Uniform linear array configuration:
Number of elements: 4
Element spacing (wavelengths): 0.5
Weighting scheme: hamming
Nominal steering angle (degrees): -60
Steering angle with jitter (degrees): -59.426
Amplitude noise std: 0.05
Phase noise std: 0.05

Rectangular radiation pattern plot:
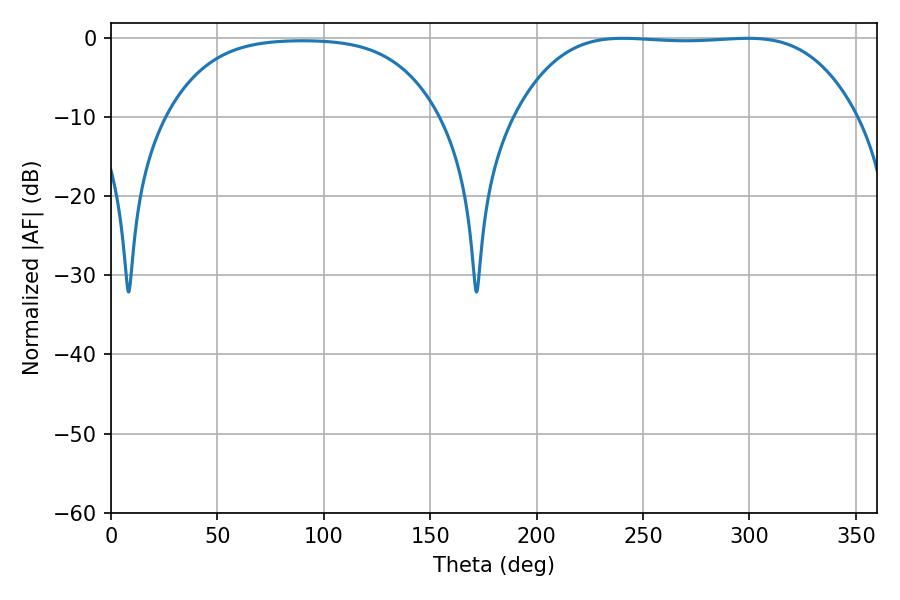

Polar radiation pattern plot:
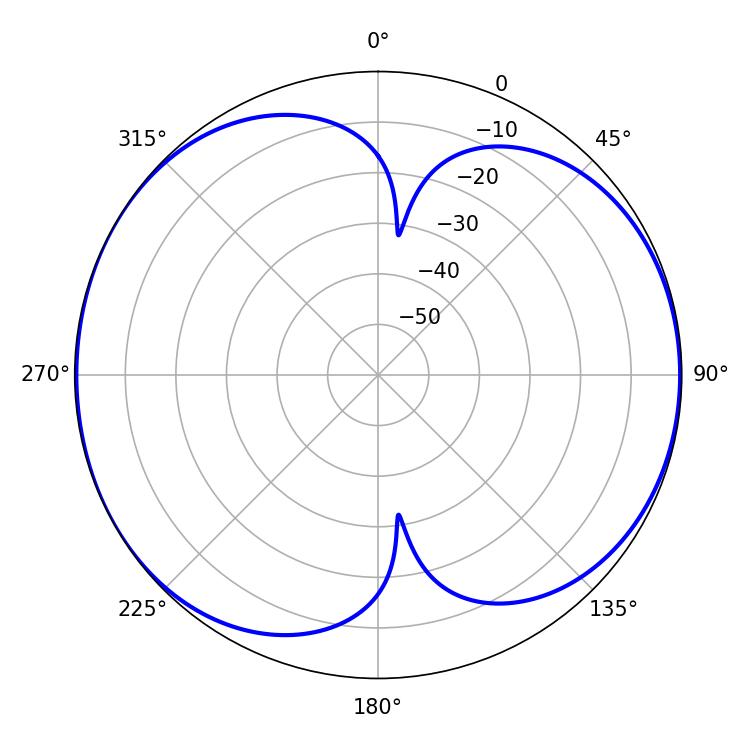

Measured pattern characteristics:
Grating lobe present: FALSE
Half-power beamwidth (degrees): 123.84
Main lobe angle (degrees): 240.66